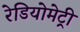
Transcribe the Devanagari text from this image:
रेडियोमेट्री